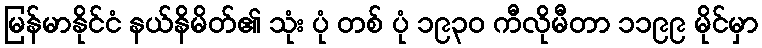
မြန်မာနိုင်ငံ နယ်နိမိတ်၏ သုံး ပုံ တစ် ပုံ ၁၉၃၀ ကီလိုမီတာ ၁၁၉၉ မိုင်မှာ